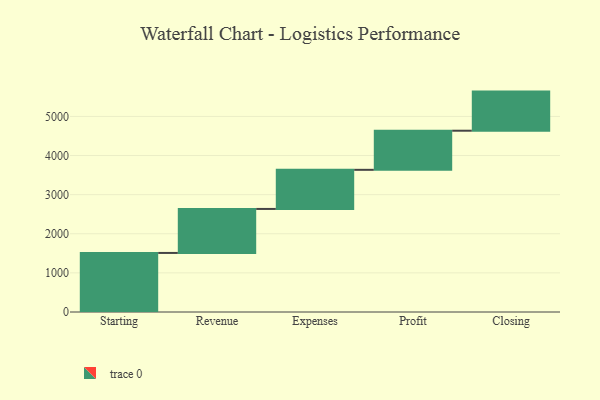
{"axis": {"x": "Step", "y": "Value"}, "legend": [""], "data": [{"x": "Starting", "y": 1510.0, "type": ""}, {"x": "Revenue", "y": 1125.0, "type": ""}, {"x": "Expenses", "y": 1000, "type": ""}, {"x": "Profit", "y": 1000, "type": ""}, {"x": "Closing", "y": 1000, "type": ""}]}